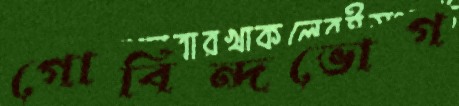
গোবিন্দভোগ